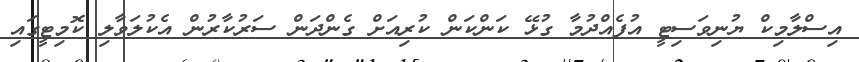
އިސްލާމިކް ޔުނިވަސިޓީ އުފެއްދުމާ ގުޅޭ ކަންކަން ކުރިއަށް ގެންދަން ސަރުކާރުން އެކުލަވާލި ކޮމިޓީގައި